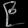
Digit: ၉